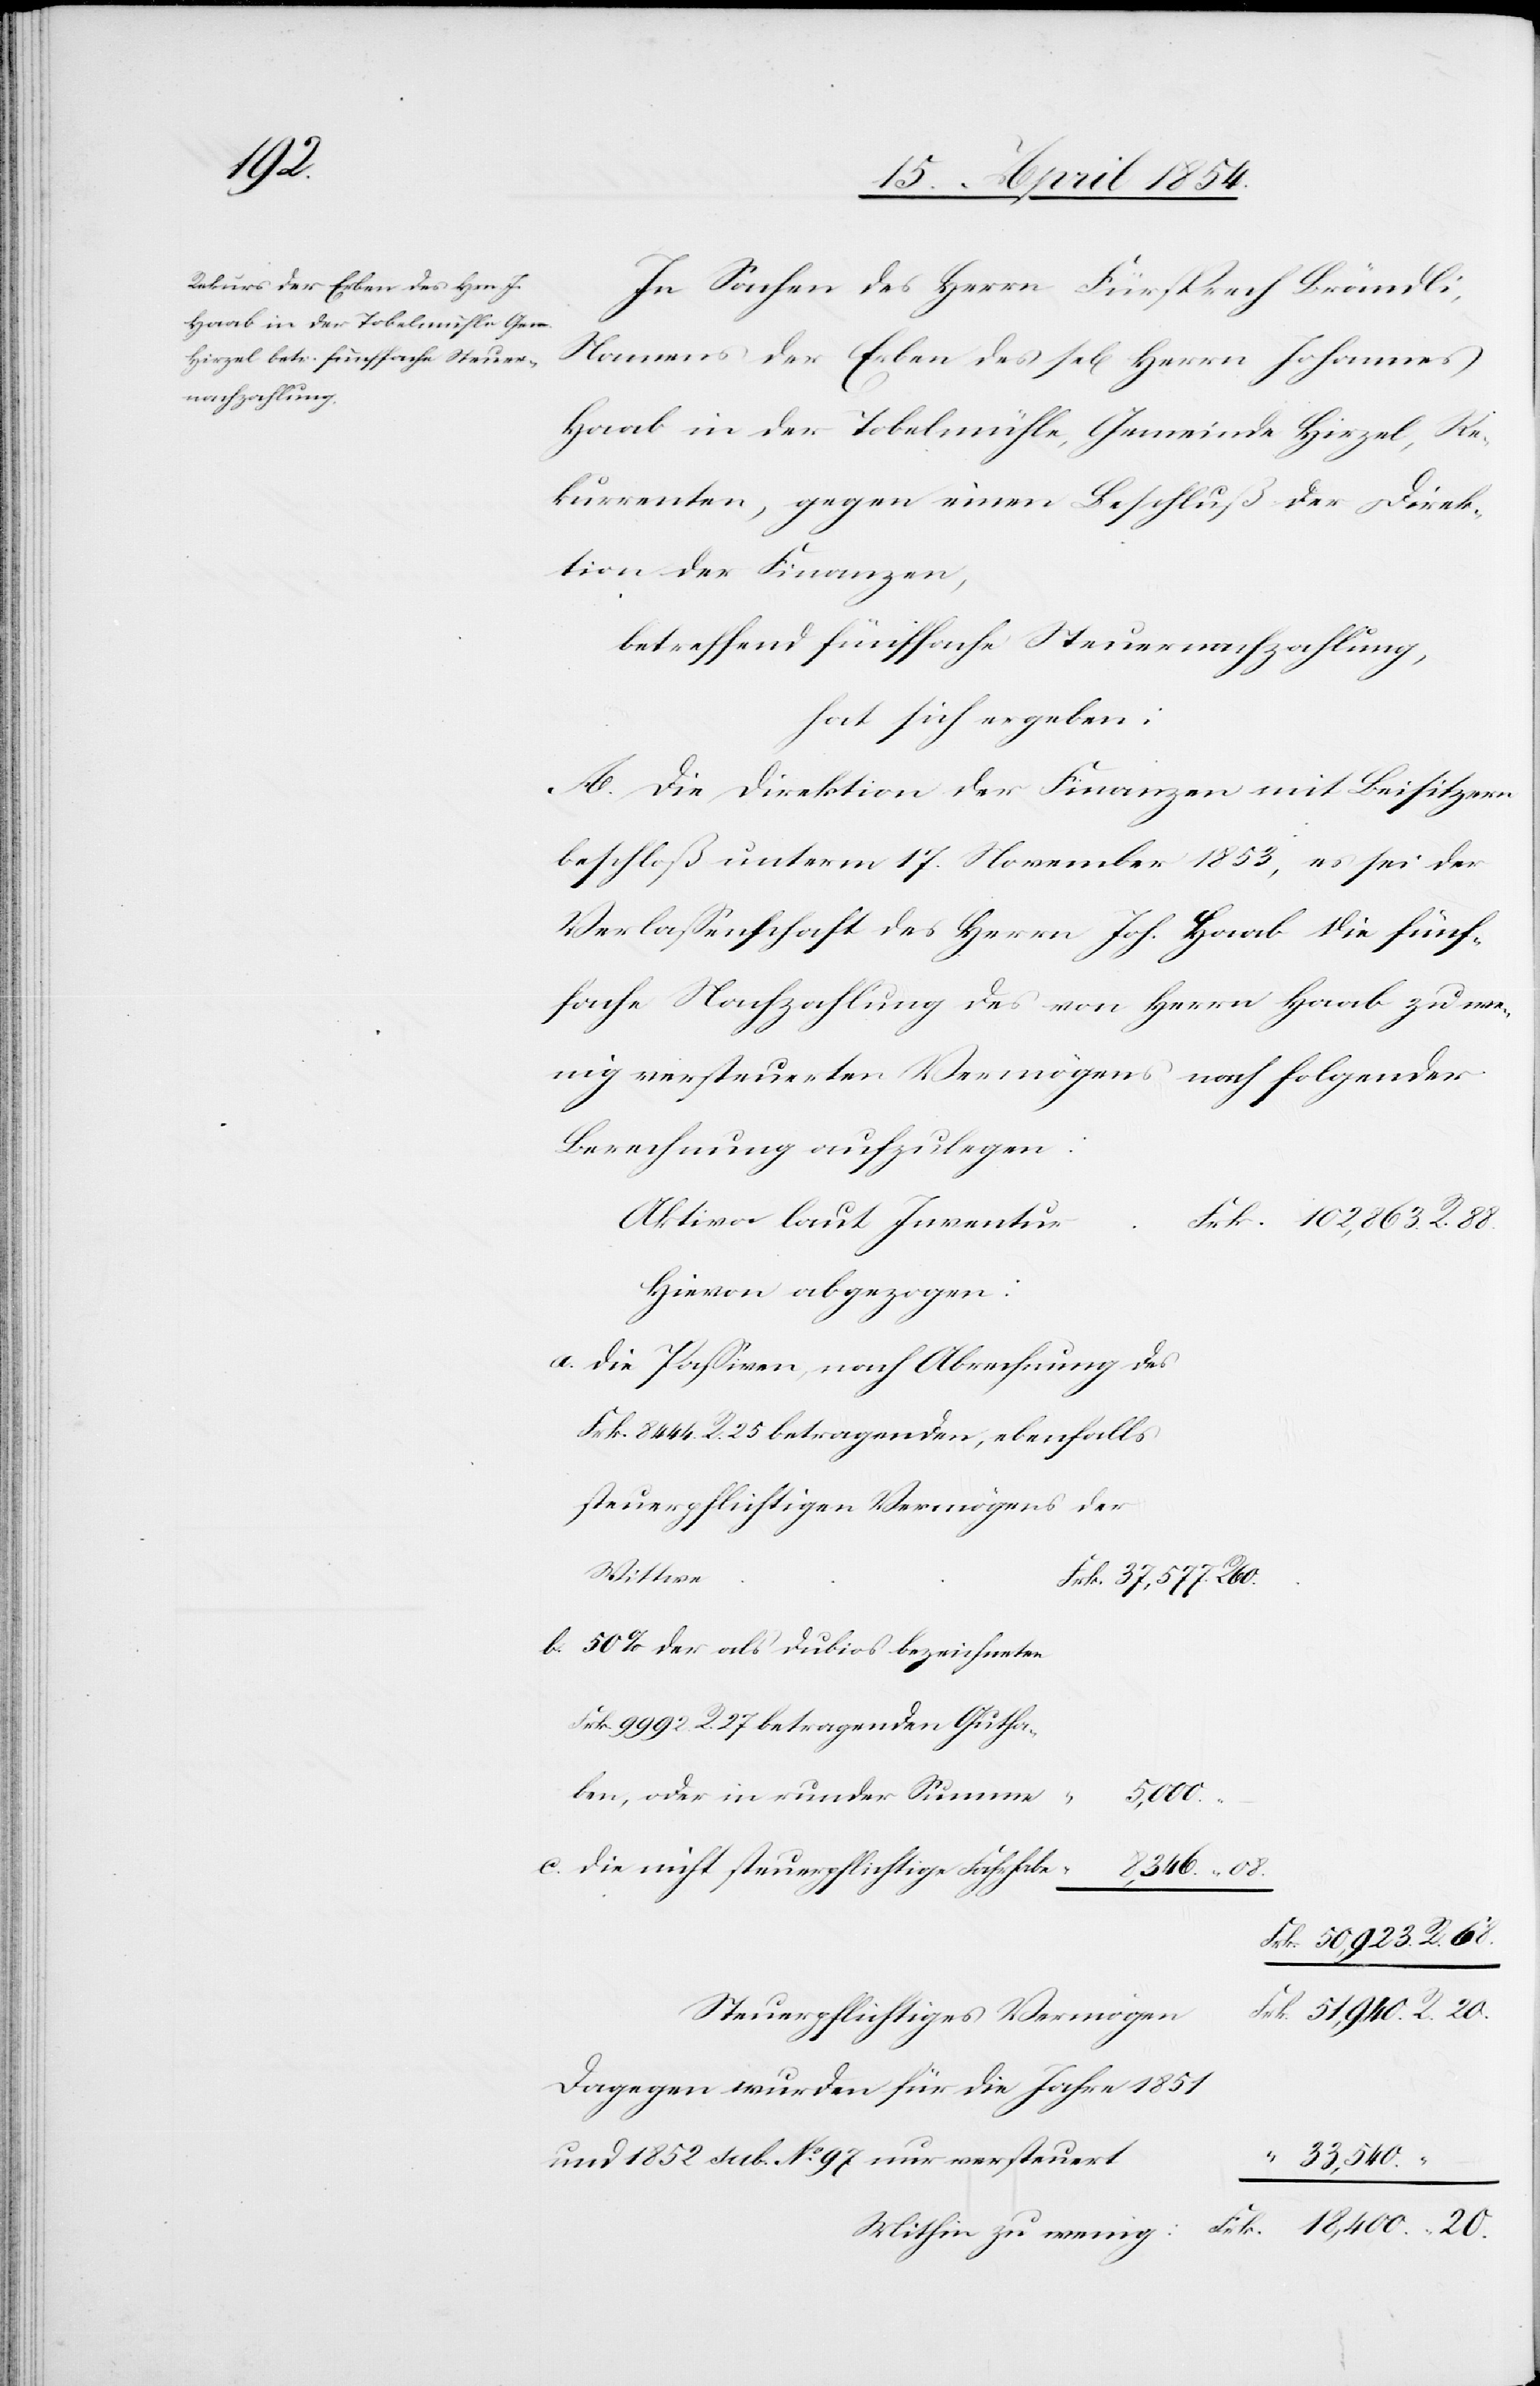
68.

In Sachen des Herrn Fürsprech Brändli,
Namens der Erben des sel. Herrn Johannes
Haab in der Tobelmühle, Gemeinde Hirzel, Re¬
kurrenten gegen einen Beschluß der Direk¬
tion der Finanzen,
betreffend fünffache Steuernachzahlung,
hat sich ergeben:
A. Die Direktion der Finanzen mit Beisitzern
beschloß unterm 17. November 1853, es sei der
Verlaßenschaft des Herrn Joh. Haab die fünf¬
fache Nachzahlung des von Herrn Haab zu we¬
nig versteuerten Vermögens nach folgender
Berechnung aufzuerlegen:
Aktiva laut Inventar
Hievon wird abgezogen:
Die Paßiven, nach Abrechnung des
Frk. 8444. R. 25 betragenden, ebenfalls
steuerpflichtigen Vermögens der
Wittwe
50% der als dubios bezeichneten
Frk. 9992 R. 27 betragenden Gutha¬
ben, oder in runder Summe
18,400.
20.
Die nicht steuerpflichtige Fahrhabe
8,346.
Steuerpflichtiges Vermögen
Dagegen wurden für die Jahre 1851
und 1852 sub. No 97 nur versteuert
33,540.
Mithin zu wenig